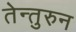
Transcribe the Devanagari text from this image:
तेन्तुरुन